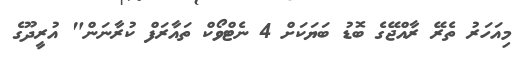
މިއަހަރު ތެރޭ ރާއްޖޭގެ ބޮޑު ބަޔަކަށް 4 ނެޓްވޯކް ތައާރަފް ކުރާނަން" އުރީދޫގެ